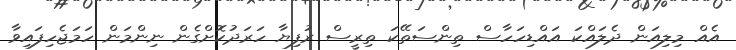
އެއް މިލިއަން ދެލައްކަ އައްޑިހަހާސް ތިންސަތޭކަ ތިރީސް ރުފިޔާ ހަރަދުކޮށްގެން ނިންމަން ހަމަޖެހިފައިވާ